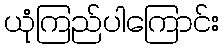
ယုံကြည်ပါကြောင်း